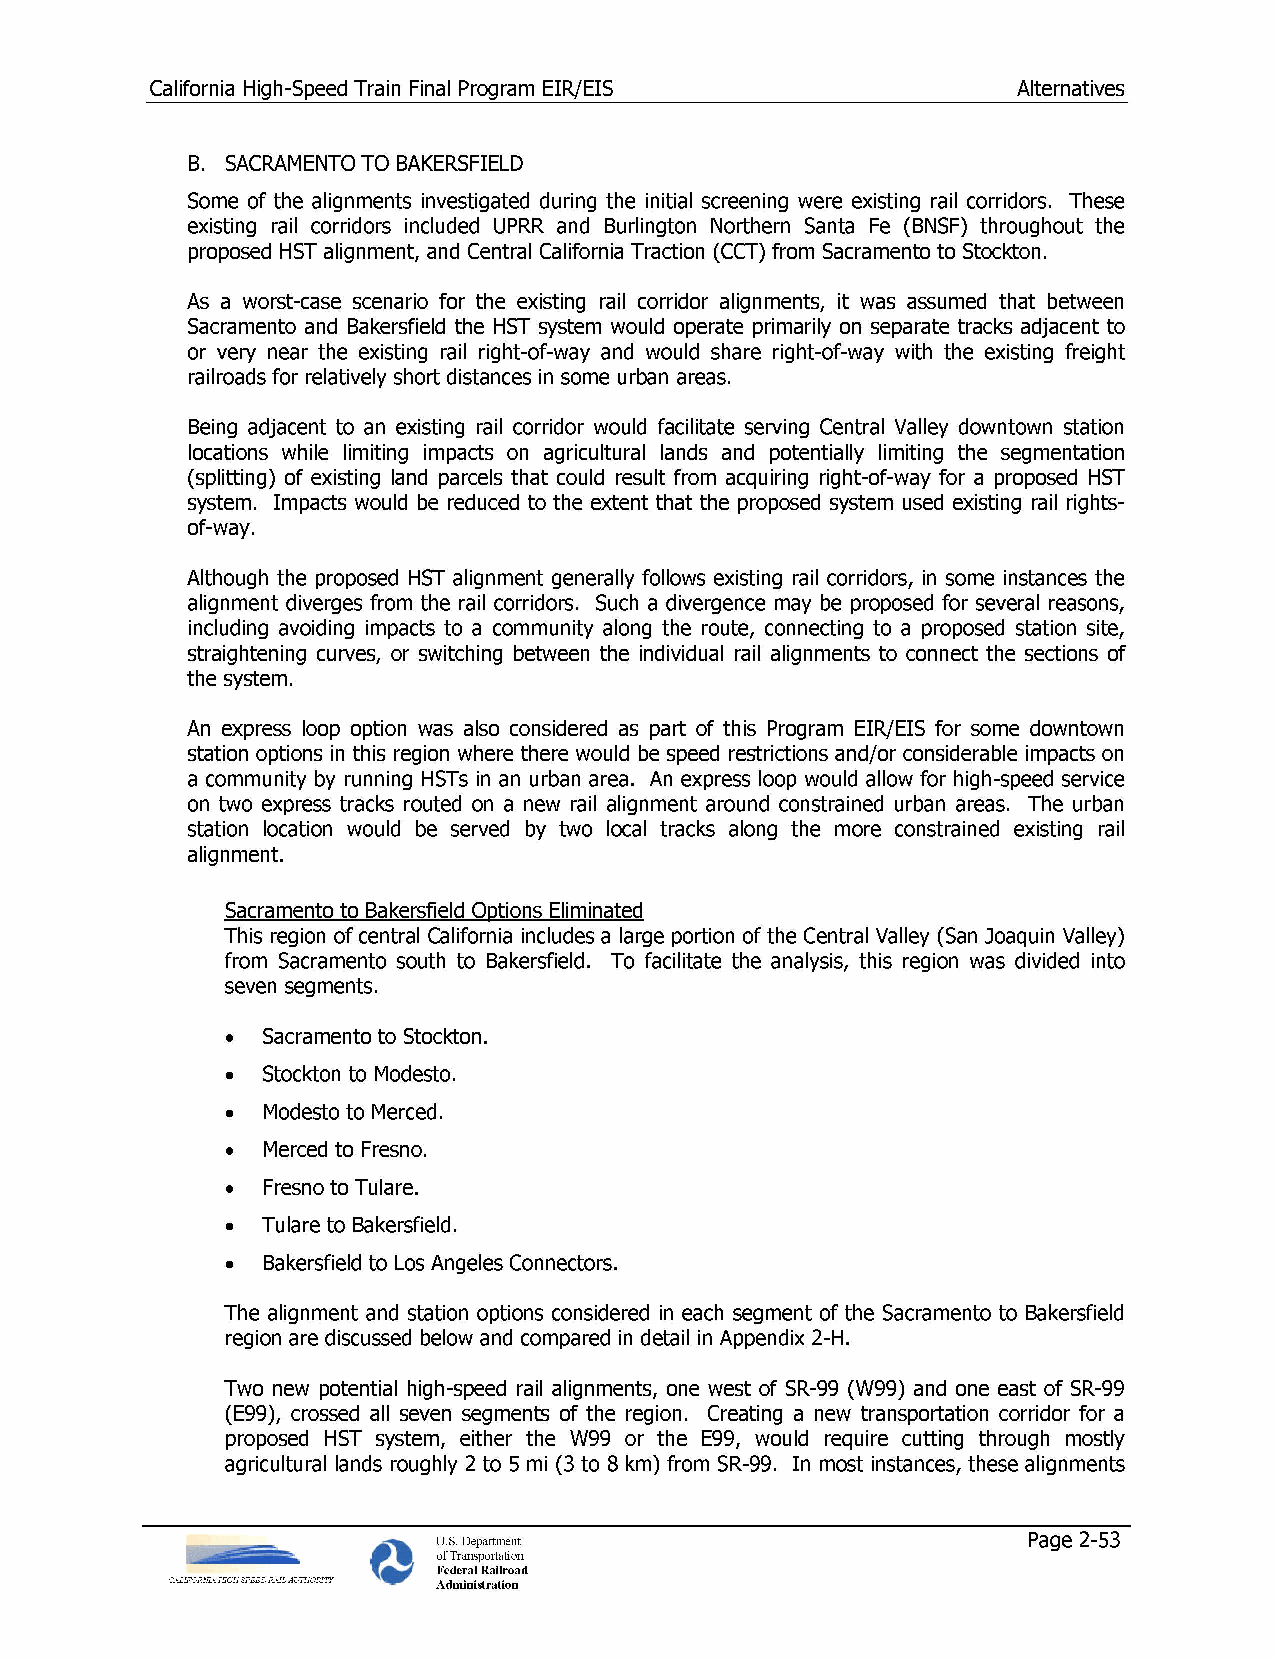
California High-Speed Train Final Program EIR/EIS        Alternatives
 B. SACRAMENTO TO BAKERSFIELD
 Some of the alignments investigated during the initial screening were existing rail corridors. These
 existing rail corridors included UPRR and Burlington Northern Santa Fe (BNSF) throughout the
 proposed HST alignment, and Central California Traction (CCT) from Sacramento to Stockton.
 As a worst-case scenario for the existing rail corridor alignments, it was assumed that between
 Sacramento and Bakersfield the HST system would operate primarily on separate tracks adjacent to
 or very near the existing rail right-of-way and would share right-of-way with the existing freight
 railroads for relatively short distances in some urban areas.
 Being adjacent to an existing rail corridor would facilitate serving Central Valley downtown station
 locations while limiting impacts on agricultural lands and potentially limiting the segmentation
 (splitting) of existing land parcels that could result from acquiring right-of-way for a proposed HST
 system. Impacts would be reduced to the extent that the proposed system used existing rail rights­
 of-way.
 Although the proposed HST alignment generally follows existing rail corridors, in some instances the
 alignment diverges from the rail corridors. Such a divergence may be proposed for several reasons,
 including avoiding impacts to a community along the route, connecting to a proposed station site,
 straightening curves, or switching between the individual rail alignments to connect the sections of
 the system.
 An express loop option was also considered as part of this Program EIR/EIS for some downtown
 station options in this region where there would be speed restrictions and/or considerable impacts on
 a community by running HSTs in an urban area. An express loop would allow for high-speed service
 on two express tracks routed on a new rail alignment around constrained urban areas. The urban
 station location would be served by two local tracks along the more constrained existing rail
 alignment.
 Sacramento to Bakersfield Options Eliminated
 This region of central California includes a large portion of the Central Valley (San Joaquin Valley)
 from Sacramento south to Bakersfield. To facilitate the analysis, this region was divided into
 seven segments.
 • Sacramento to Stockton .
 • Stockton to Modesto .
 • Modesto to Merced .
 • Merced to Fresno .
 • Fresno to Tulare .
 • Tulare to Bakersfield .
 • Bakersfield to Los Angeles Connectors .
 The alignment and station options considered in each segment of the Sacramento to Bakersfield
 region are discussed below and compared in detail in Appendix 2-H.
 Two new potential high-speed rail alignments, one west of SR-99 (W99) and one east of SR-99
 (E99), crossed all seven segments of the region. Creating a new transportation corridor for a
 proposed HST system, either the W99 or the E99, would require cutting through mostly
 agricultural lands roughly 2 to 5 mi (3 to 8 km) from SR-99. In most instances, these alignments
 U.S. Department                        Page 2-53
 of Transportation
 Federal Railroad
 Administration